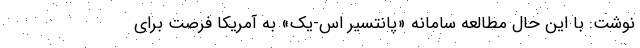
نوشت: با این حال مطالعه سامانه «پانتسیر اس-یک» به آمریکا فرصت برای